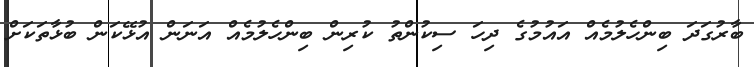
ބާރުގަދަ ބިންހެލުމެއް އައުމުގެ ދިހަ ސިކުންތު ކުރިން ބިންހެލުމެއް އަނަން އުޅޭކަން ބުޅާތަކަށް